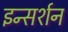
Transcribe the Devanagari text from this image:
इन्सर्शन